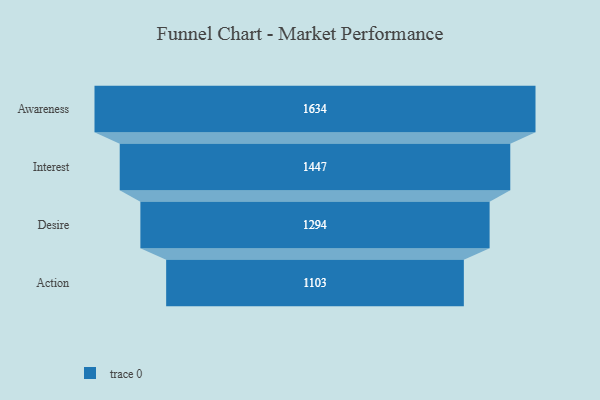
{"axis": {"x": "Stage", "y": "Value"}, "legend": [""], "data": [{"x": "Awareness", "y": 1634.0, "type": ""}, {"x": "Interest", "y": 1447.0, "type": ""}, {"x": "Desire", "y": 1294.0, "type": ""}, {"x": "Action", "y": 1103.0, "type": ""}]}